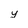
Character: y